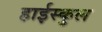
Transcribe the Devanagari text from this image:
हाईस्कुल